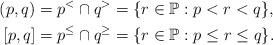
LaTeX: \begin{align*} (p,q)&=p^<\cap q^>=\{r\in\mathbb{P}:p<r<q\},\\ [p,q]&=p^\leq\cap q^\geq=\{r\in\mathbb{P}:p\leq r\leq q\}.\end{align*}